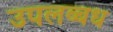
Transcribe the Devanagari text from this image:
उपलब्बध